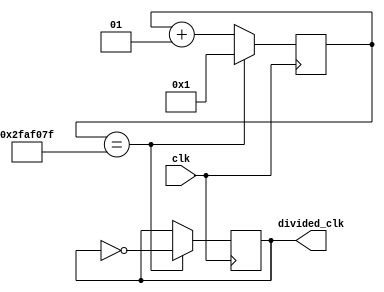
`timescale 1ns / 1ps

module clk_divider_1Hz
    (
        input clk, //100Mhz
        output reg divided_clk = 0      
    );
    
    integer counter_value = 0; // 32 bit wide reg bus
    
// division_value = 100Mhz / (2*desired Frequency) - 1 => 25MHz => 2
    localparam division_value = 49999999; 
    
 
//counter     
    always@ (posedge clk)
        begin 
            if(counter_value == division_value) 
                counter_value <= 1; 
            else
                counter_value <= counter_value + 1 ;     
        end

//divide clock     
    always@(posedge clk)
        begin 
            if (counter_value == division_value) 
                divided_clk <= ~divided_clk;  
            else 
                divided_clk <= divided_clk;     
                
        end           
    
endmodule